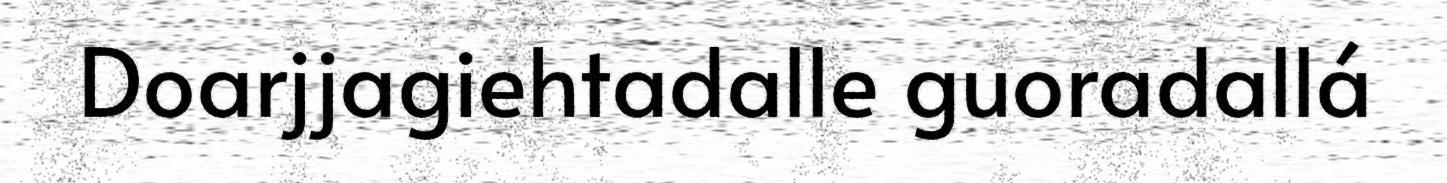
Doarjjagiehtadalle guoradallá